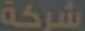
شركة